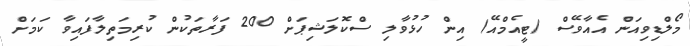
މޯލްޑިވިއަން އެއާވޭސް (ޓީއެމްއޭ) އިން ހުޅުވާލި ސްކޮލަޝިޕަށް 200 ފަރާތަކުން ކުރިމަތިލާފައިވާ ކަމަށް